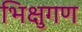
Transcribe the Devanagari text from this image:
भिक्षुगण